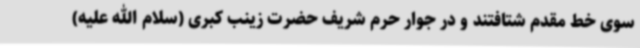
سوی خط مقدم شتافتند و در جوار حرم شریف حضرت زینب کبری (سلام الله علیه)